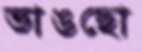
ভাঙছো